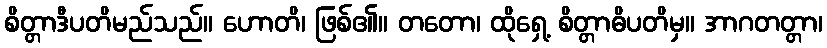
စိတ္တာဒီပတိမည်သည်။ ဟောတိ၊ ဖြစ်၏။ တတော၊ ထိုရှေ့ စိတ္တာဓိပတိမှ။ အာဂတတ္တာ၊